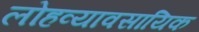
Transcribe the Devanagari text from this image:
लोहव्यावसायिक